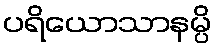
ပရိယောသာနမ္ပိ